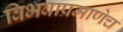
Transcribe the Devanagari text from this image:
विभवाप्रमाणेच